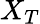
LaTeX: X_{T}